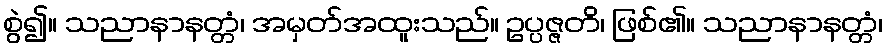
စွဲ၍။ သညာနာနတ္တံ၊ အမှတ်အထူးသည်။ ဥပ္ပဇ္ဇတိ၊ ဖြစ်၏။ သညာနာနတ္တံ၊